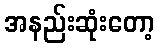
အနည်းဆုံးတော့